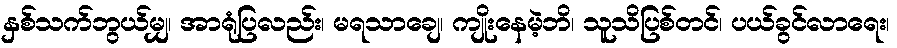
နှစ်သက်ဘွယ်မျှ၊ အာရုံပြလည်း၊ မရသာချေ၊ ကျိုးနေမဲ့ဘိ၊ သူသိပြစ်တင်၊ ပယ်ခွင်လာရေး၊